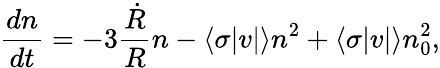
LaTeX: {\frac{dn}{dt}}=-3{\frac{\dot{R}}{R}}n-\langle\sigma|v|\rangle n^{2}+\langle\sigma|v|\rangle n_{0}^{2},